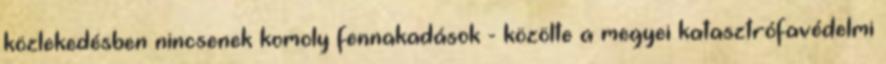
közlekedésben nincsenek komoly fennakadások - közölte a megyei katasztrófavédelmi